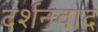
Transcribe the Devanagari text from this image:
दर्शनवाद